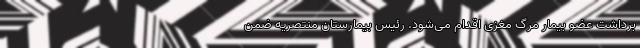
برداشت عضو بیمار مرگ مغزی اقدام می‌شود. رئیس بیمارستان منتصریه ضمن